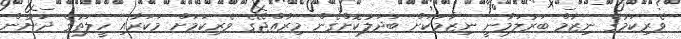
ވެރިކަމުގެ ނިޒާމް ބަރުލަމާނީ ނިޒާމަކަށް ބަދަލުކޮށްގެން މިރާއްޖޭގެ ވެރިކަމަށް މަކަރާއި ހީލަތުގެ ދަށުން